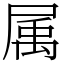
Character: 属